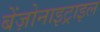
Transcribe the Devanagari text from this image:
बेंज़ोनाइट्राइल